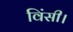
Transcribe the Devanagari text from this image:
विंसी।